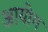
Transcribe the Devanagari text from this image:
अायोग